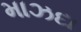
માઝદા